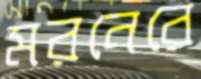
মরনেরে